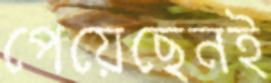
পেয়েছেনই